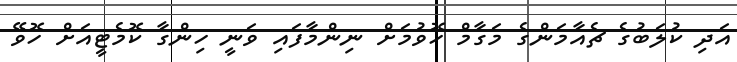
އަދި ކުލަބުގެ ޗެއާމަންގެ މަގާމް ހޮވުމަށް ނިންމާފައި ވަނީ ހިންގާ ކޮމެޓީއަށް ހޮވޭ